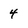
Character: 4